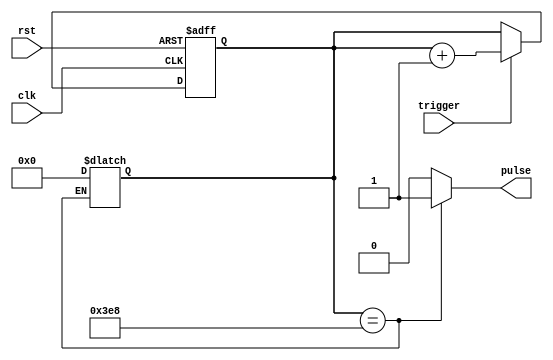
module one_shot_timer (
    input wire clk,       // clock signal
    input wire rst,       // reset signal
    input wire trigger,   // input trigger signal
    output reg pulse      // output pulse signal
);

reg [15:0] counter;      // 16-bit counter for delay time
reg [15:0] delay = 1000; // 16-bit preset delay value

always @ (posedge clk or posedge rst) begin
    if (rst) begin
        counter <= 0; // reset counter
    end else if (trigger) begin
        counter <= counter + 1; // increment counter
    end
end

always @ * begin
    if (counter == delay) begin
        pulse <= 1; // generate pulse
        counter <= 0; // reset counter
    end else begin
        pulse <= 0; // no pulse
    end
end

endmodule